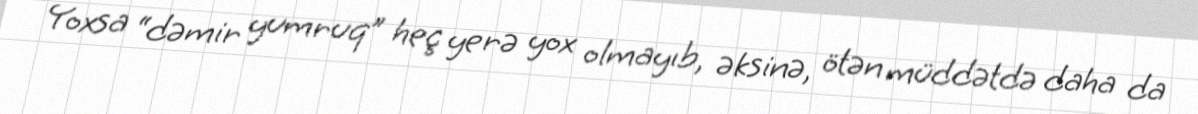
Yoxsa “dəmir yumruq” heç yerə yox olmayıb, əksinə, ötən müddətdə daha da